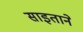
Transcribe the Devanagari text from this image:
साइताने